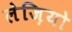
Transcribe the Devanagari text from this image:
लेज़ियो